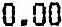
0.00